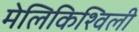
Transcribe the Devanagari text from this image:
मेलिकिश्विली